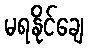
မရနိုင်ချေ